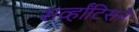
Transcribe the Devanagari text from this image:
सर्व्हांटिसने